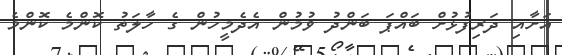
އަށާއި ދަރިފުޅުށް ބައްޕަ ބަންދު ވުމުން އެދެމީހުން ގެ ހާލަތު ކޮންމެ ކޮންމެ